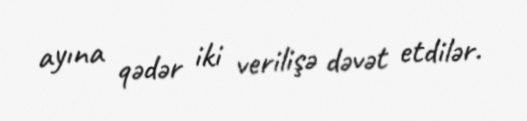
ayına qədər iki verilişə dəvət etdilər.